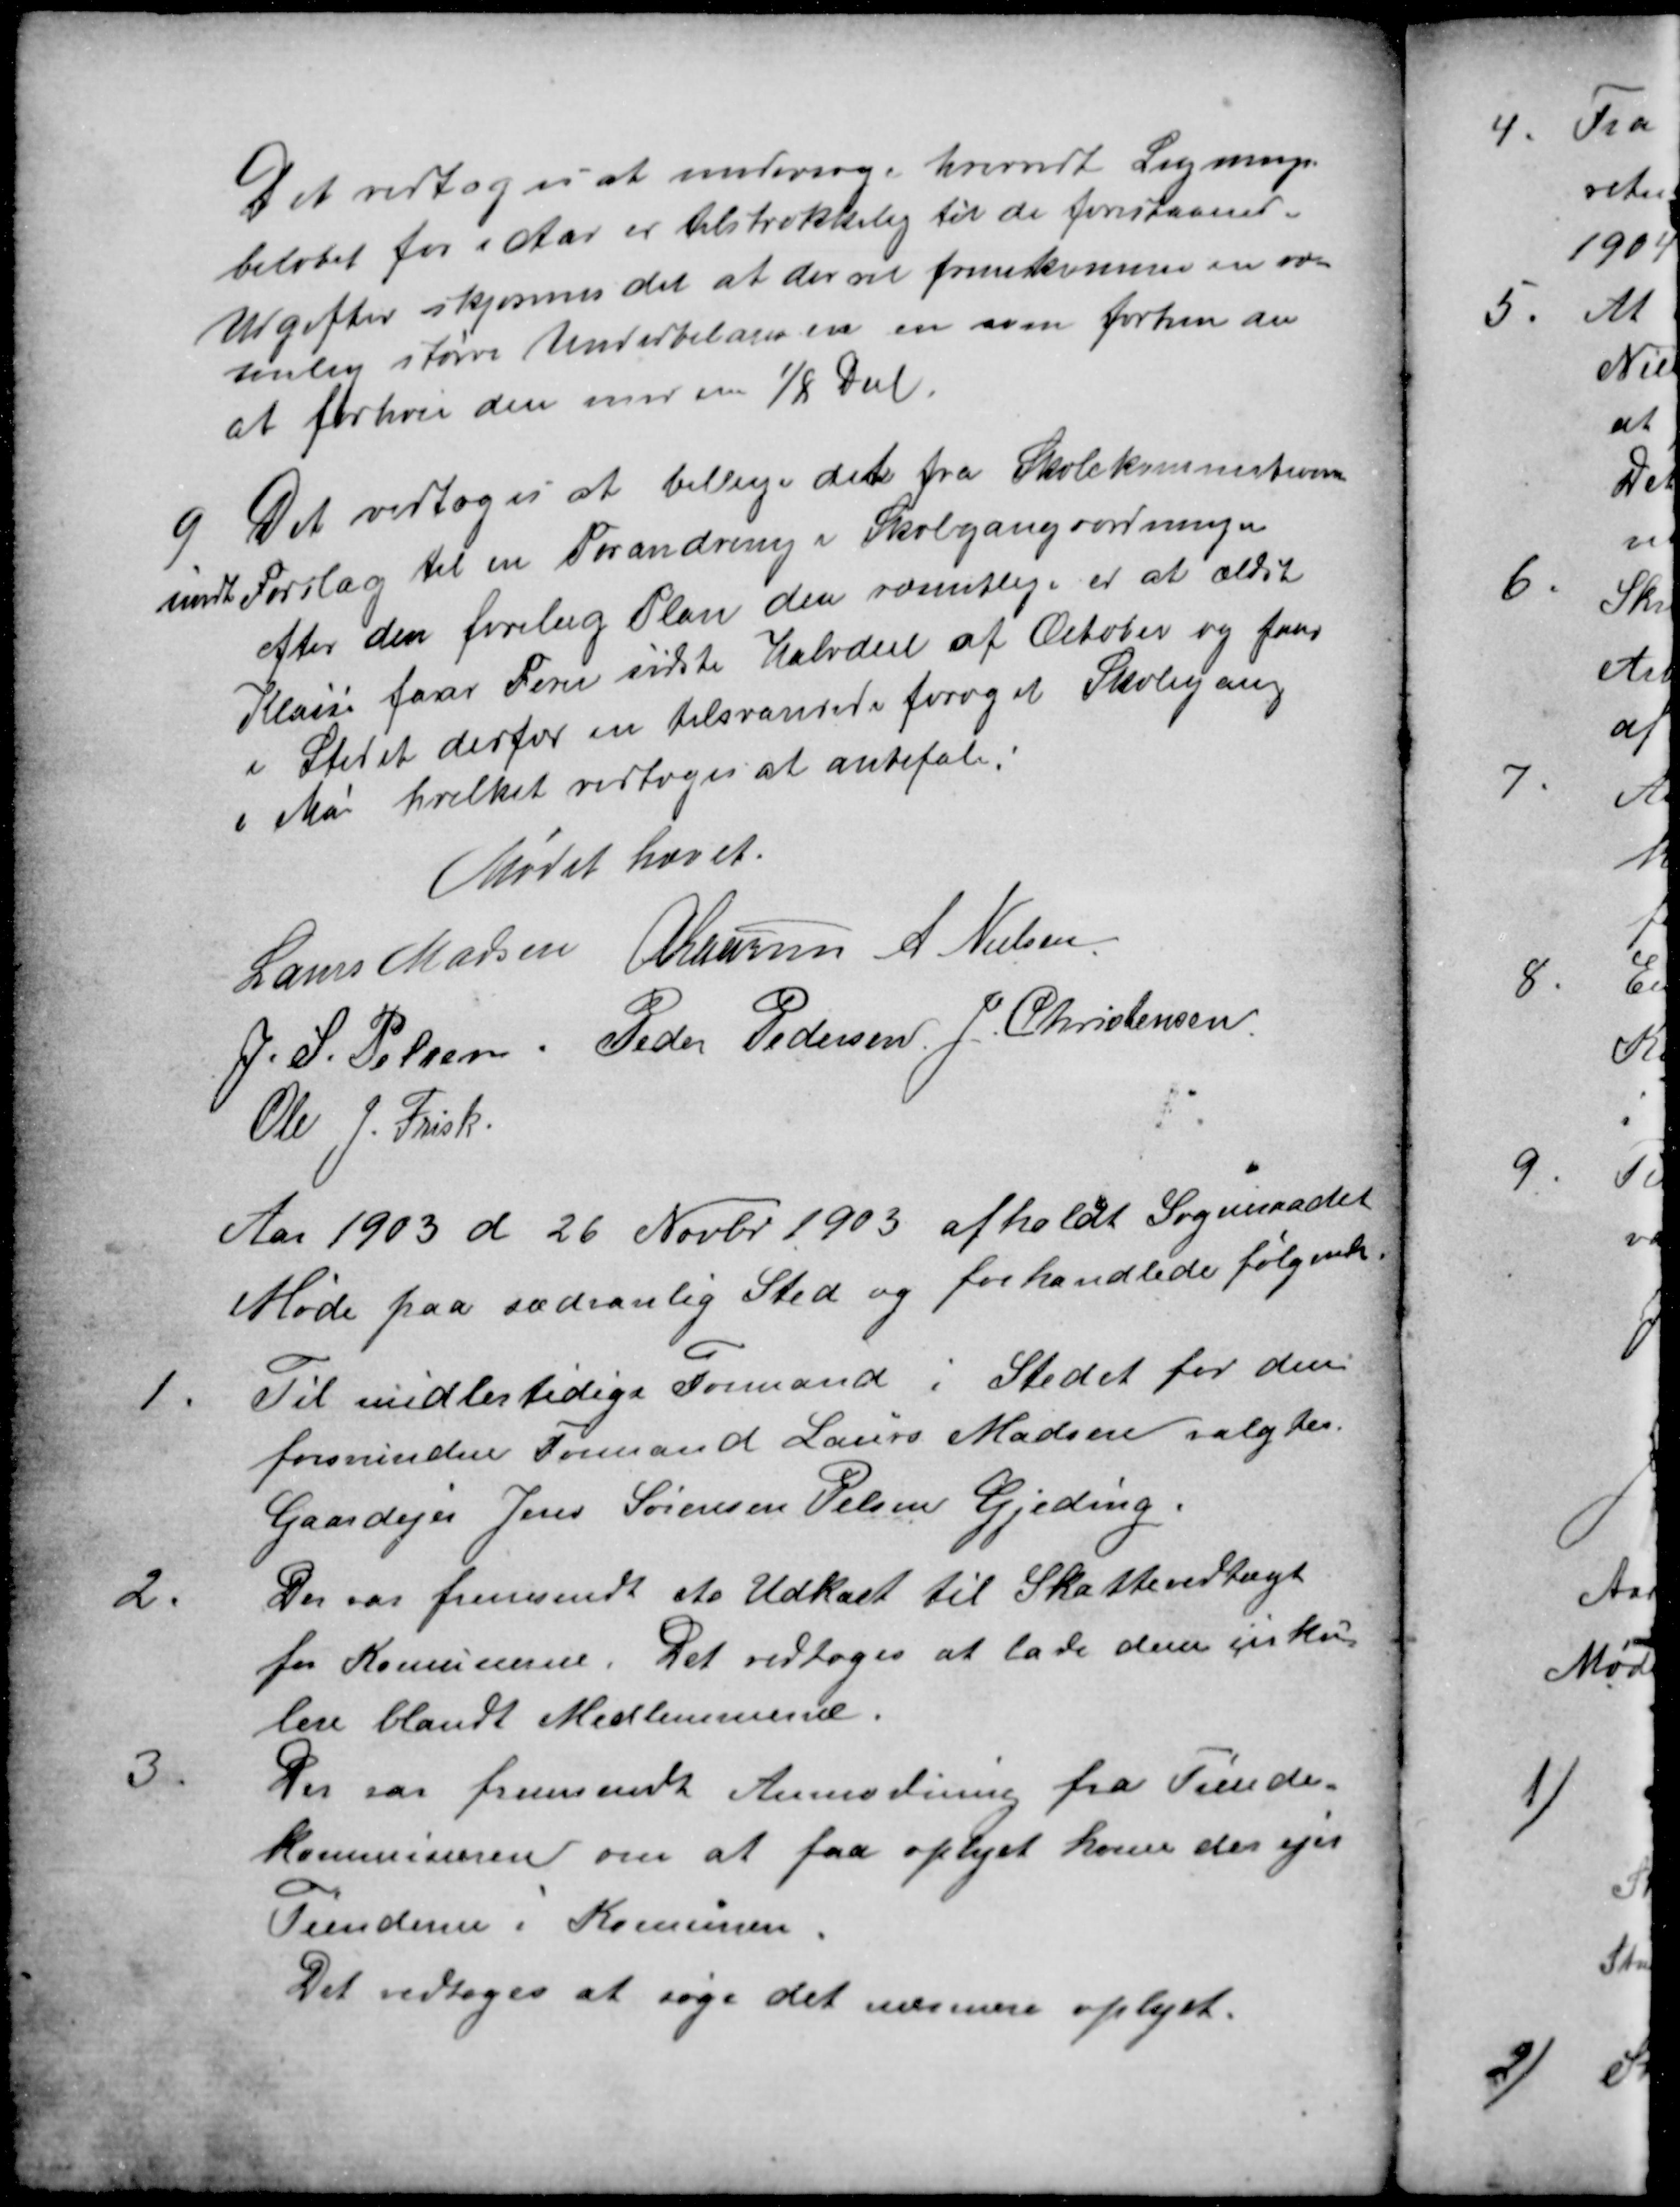
Transskription:
Det vedtoges at undersøge hvorvidt Lignings-
beløbet for i Aar er tilstrækkelig til de forestaaende
Udgifter skjønnes det at der vil fremkomme en or-
tenlig større Underbalancen en som forhen da
at forhøie den med en ⅛ Deel.
9
Det vedoges at billige det fra Skolekommitionen
indsendt Forslag til en Forandring i Skolegangsordningen
efter den forelæg Plan den væsentlige er at ældste
Klasse faar Ferie sidste Halvdeel af October og faar
i Stedet derfor en tilsvarende forøget Skolegang
i Mai hvilket vedtoges at anbefale.
Mødet hævet.
Laurs Madsen A Laursen A Nielsen
J. S. Pelsen
Peder Pedersen J. Christensen
Ole J. Frisk
Aar 1903 d. 26 Novbr 1903 afholdt Sogneraadet
Møde paa sædvanlig Sted og forhandlede følgende
1.
Til midlertidige Formand i Stedet for den
forsvinden Formand Laurs Madsen valgtes
Gaardejer Jens Sørensen Pelsen Gjeding.
2.
Der var fremsendt et Udkast til Skattevedtægt
for Komunerne. Det vedtoges at lade denne cirku-
lere blandt Medlemmerne.
3.
Der var fremsendt Anmodning fra Tiende-
Kommissæren om at faa oplyst hvem der ejer
Tienderne i Komunen.
Det vedtoges at søge det nærmere oplyst.